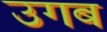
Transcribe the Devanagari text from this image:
उगब